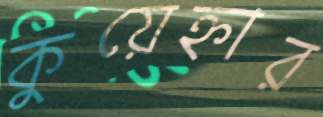
কুয়েহ্নার